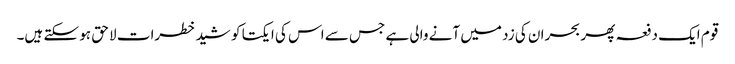
قوم ایک دفعہ پھر بحران کی زد میں آنے والی ہے جس سے اس کی ایکتا کو شید خطرات لا حق ہو سکتے ہیں۔